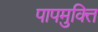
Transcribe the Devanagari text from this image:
पापमुक्ति